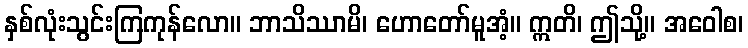
နှစ်လုံးသွင်းကြကုန်လော။ ဘာသိဿာမိ၊ ဟောတော်မူအံ့။ ဣတိ၊ ဤသို့။ အဝေါစ၊